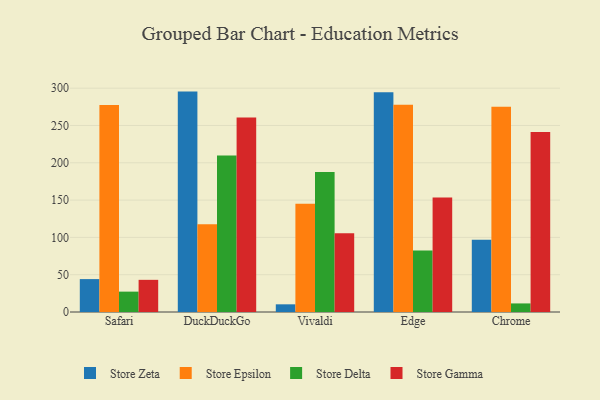
{"axis": {"x": "Browser", "y": "Tickets Resolved"}, "legend": ["Store Delta", "Store Epsilon", "Store Gamma", "Store Zeta"], "data": [{"x": "Safari", "y": 44.1, "type": "Store Zeta"}, {"x": "Safari", "y": 277.4, "type": "Store Epsilon"}, {"x": "Safari", "y": 27.3, "type": "Store Delta"}, {"x": "Safari", "y": 43.1, "type": "Store Gamma"}, {"x": "DuckDuckGo", "y": 295.4, "type": "Store Zeta"}, {"x": "DuckDuckGo", "y": 117.6, "type": "Store Epsilon"}, {"x": "DuckDuckGo", "y": 209.7, "type": "Store Delta"}, {"x": "DuckDuckGo", "y": 260.8, "type": "Store Gamma"}, {"x": "Vivaldi", "y": 10.3, "type": "Store Zeta"}, {"x": "Vivaldi", "y": 145.2, "type": "Store Epsilon"}, {"x": "Vivaldi", "y": 187.6, "type": "Store Delta"}, {"x": "Vivaldi", "y": 105.6, "type": "Store Gamma"}, {"x": "Edge", "y": 294.5, "type": "Store Zeta"}, {"x": "Edge", "y": 277.7, "type": "Store Epsilon"}, {"x": "Edge", "y": 82.5, "type": "Store Delta"}, {"x": "Edge", "y": 153.3, "type": "Store Gamma"}, {"x": "Chrome", "y": 96.8, "type": "Store Zeta"}, {"x": "Chrome", "y": 275.0, "type": "Store Epsilon"}, {"x": "Chrome", "y": 11.5, "type": "Store Delta"}, {"x": "Chrome", "y": 241.2, "type": "Store Gamma"}]}